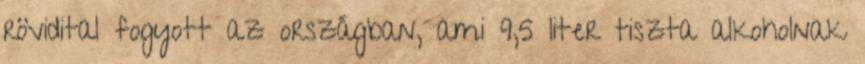
rövidital fogyott az országban, ami 9,5 liter tiszta alkoholnak